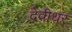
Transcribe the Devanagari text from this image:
देवीधर